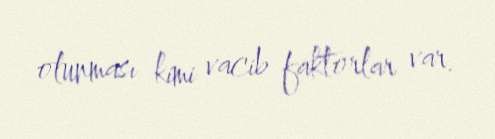
olunması kimi vacib faktorlar var.